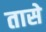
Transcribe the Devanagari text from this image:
तासे